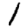
Digit: 1